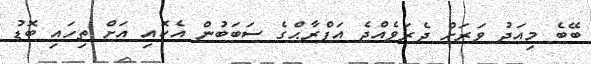
ބޭބެ މިއަދު ވަރަށް ދެރަވެއްޖެ އަފްރާޙްގެ ސަބަބުން އެކޮއި އަށް ތިހައި ބޮޑު